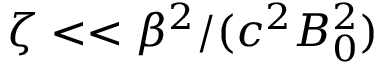
\zeta < < \beta ^ { 2 } / ( c ^ { 2 } B _ { 0 } ^ { 2 } )